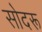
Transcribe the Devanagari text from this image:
सोदरू